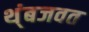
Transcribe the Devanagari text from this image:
थ्ंबजवत